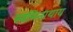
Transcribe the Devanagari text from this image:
स्वमिनाथाय